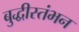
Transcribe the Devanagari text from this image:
बुद्धीस्तंभन